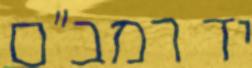
יד רמב"ם